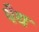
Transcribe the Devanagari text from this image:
पैथ